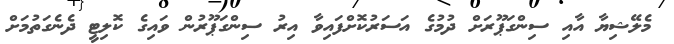
މެލޭޝިޔާ އާއި ސިންގަޕޫރަށް ދުމުގެ އަސަރުކޮށްފައިވާ އިރު ސިންގަޕޫރުން ވައިގެ ކޮލިޓީ ދެނެގަތުމަށް